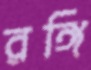
রঙ্গি